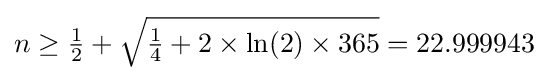
n\geq {\tfrac {1}{2}}+{\sqrt {{\tfrac {1}{4}}+2\times \ln(2)\times 365}}=22.999943